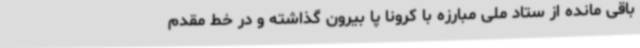
باقی مانده از ستاد ملی مبارزه با کرونا پا بیرون گذاشته و در خط مقدم